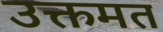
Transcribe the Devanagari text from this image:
उक्तमत